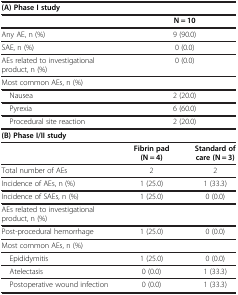
| <COLSPAN=3> (A) Phase I study |
 |  | <COLSPAN=2> N = 10 |
 | --- | --- | --- |
 | Any AE, n (%) | <COLSPAN=2> 9 (90.0) |
 | SAE, n (%) | <COLSPAN=2> 0 (0.0) |
 | AEs related to investigational product, n (%) | <COLSPAN=2> 0 (0.0) |
 | Most common AEs, n (%) | <COLSPAN=2>  |
 | Nausea | <COLSPAN=2> 2 (20.0) |
 | Pyrexia | <COLSPAN=2> 6 (60.0) |
 | Procedural site reaction | <COLSPAN=2> 2 (20.0) |
 | <COLSPAN=3> (B) Phase I/II study |
 |  | Fibrin pad (N = 4) | Standard of care (N = 3) |
 | Total number of AEs | 2 | 2 |
 | Incidence of AEs, n (%) | 1 (25.0) | 1 (33.3) |
 | Incidence of SAEs, n (%) | 1 (25.0) | 0 (0.0) |
 | <COLSPAN=3> AEs related to investigational product, n (%) |
 | Post-procedural hemorrhage | 1 (25.0) | 0 (0.0) |
 | <COLSPAN=3> Most common AEs, n (%) |
 | Epididymitis | 1 (25.0) | 0 (0.0) |
 | Atelectasis | 0 (0.0) | 1 (33.3) |
 | Postoperative wound infection | 0 (0.0) | 1 (33.3) |